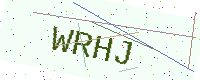
Text: WRHJ